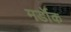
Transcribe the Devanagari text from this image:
मर्डॉक